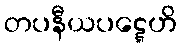
တပနီယပဋ္ဋေဟိ